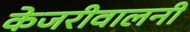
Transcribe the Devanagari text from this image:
केजरीवालनी